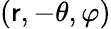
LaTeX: (\mathsf{r},-\theta,\varphi)